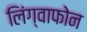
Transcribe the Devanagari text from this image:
लिंग्वाफोन